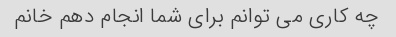
چه کاری می توانم برای شما انجام دهم خانم